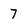
Character: 7